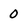
Character: 0